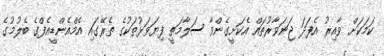
ކަމަކަށް ވާއިރު އެފަދަ ޖަނަވާރުތައް އެކަށީގެންވާ ސަލާމަތީ ފިޔަވަޅުތަކުގެ ތެރޭގައި އެމްއެންޑީއެފްގެ ބެލުމުގެ